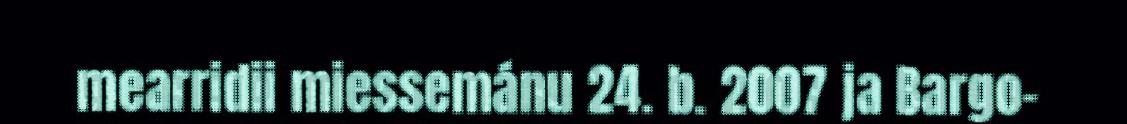
mearridii miessemánu 24. b. 2007 ja Bargo-